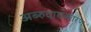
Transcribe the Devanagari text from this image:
अब्‍रुदाराकारण